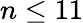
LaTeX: n\leq 11